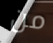
من